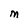
Character: M